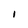
Character: I